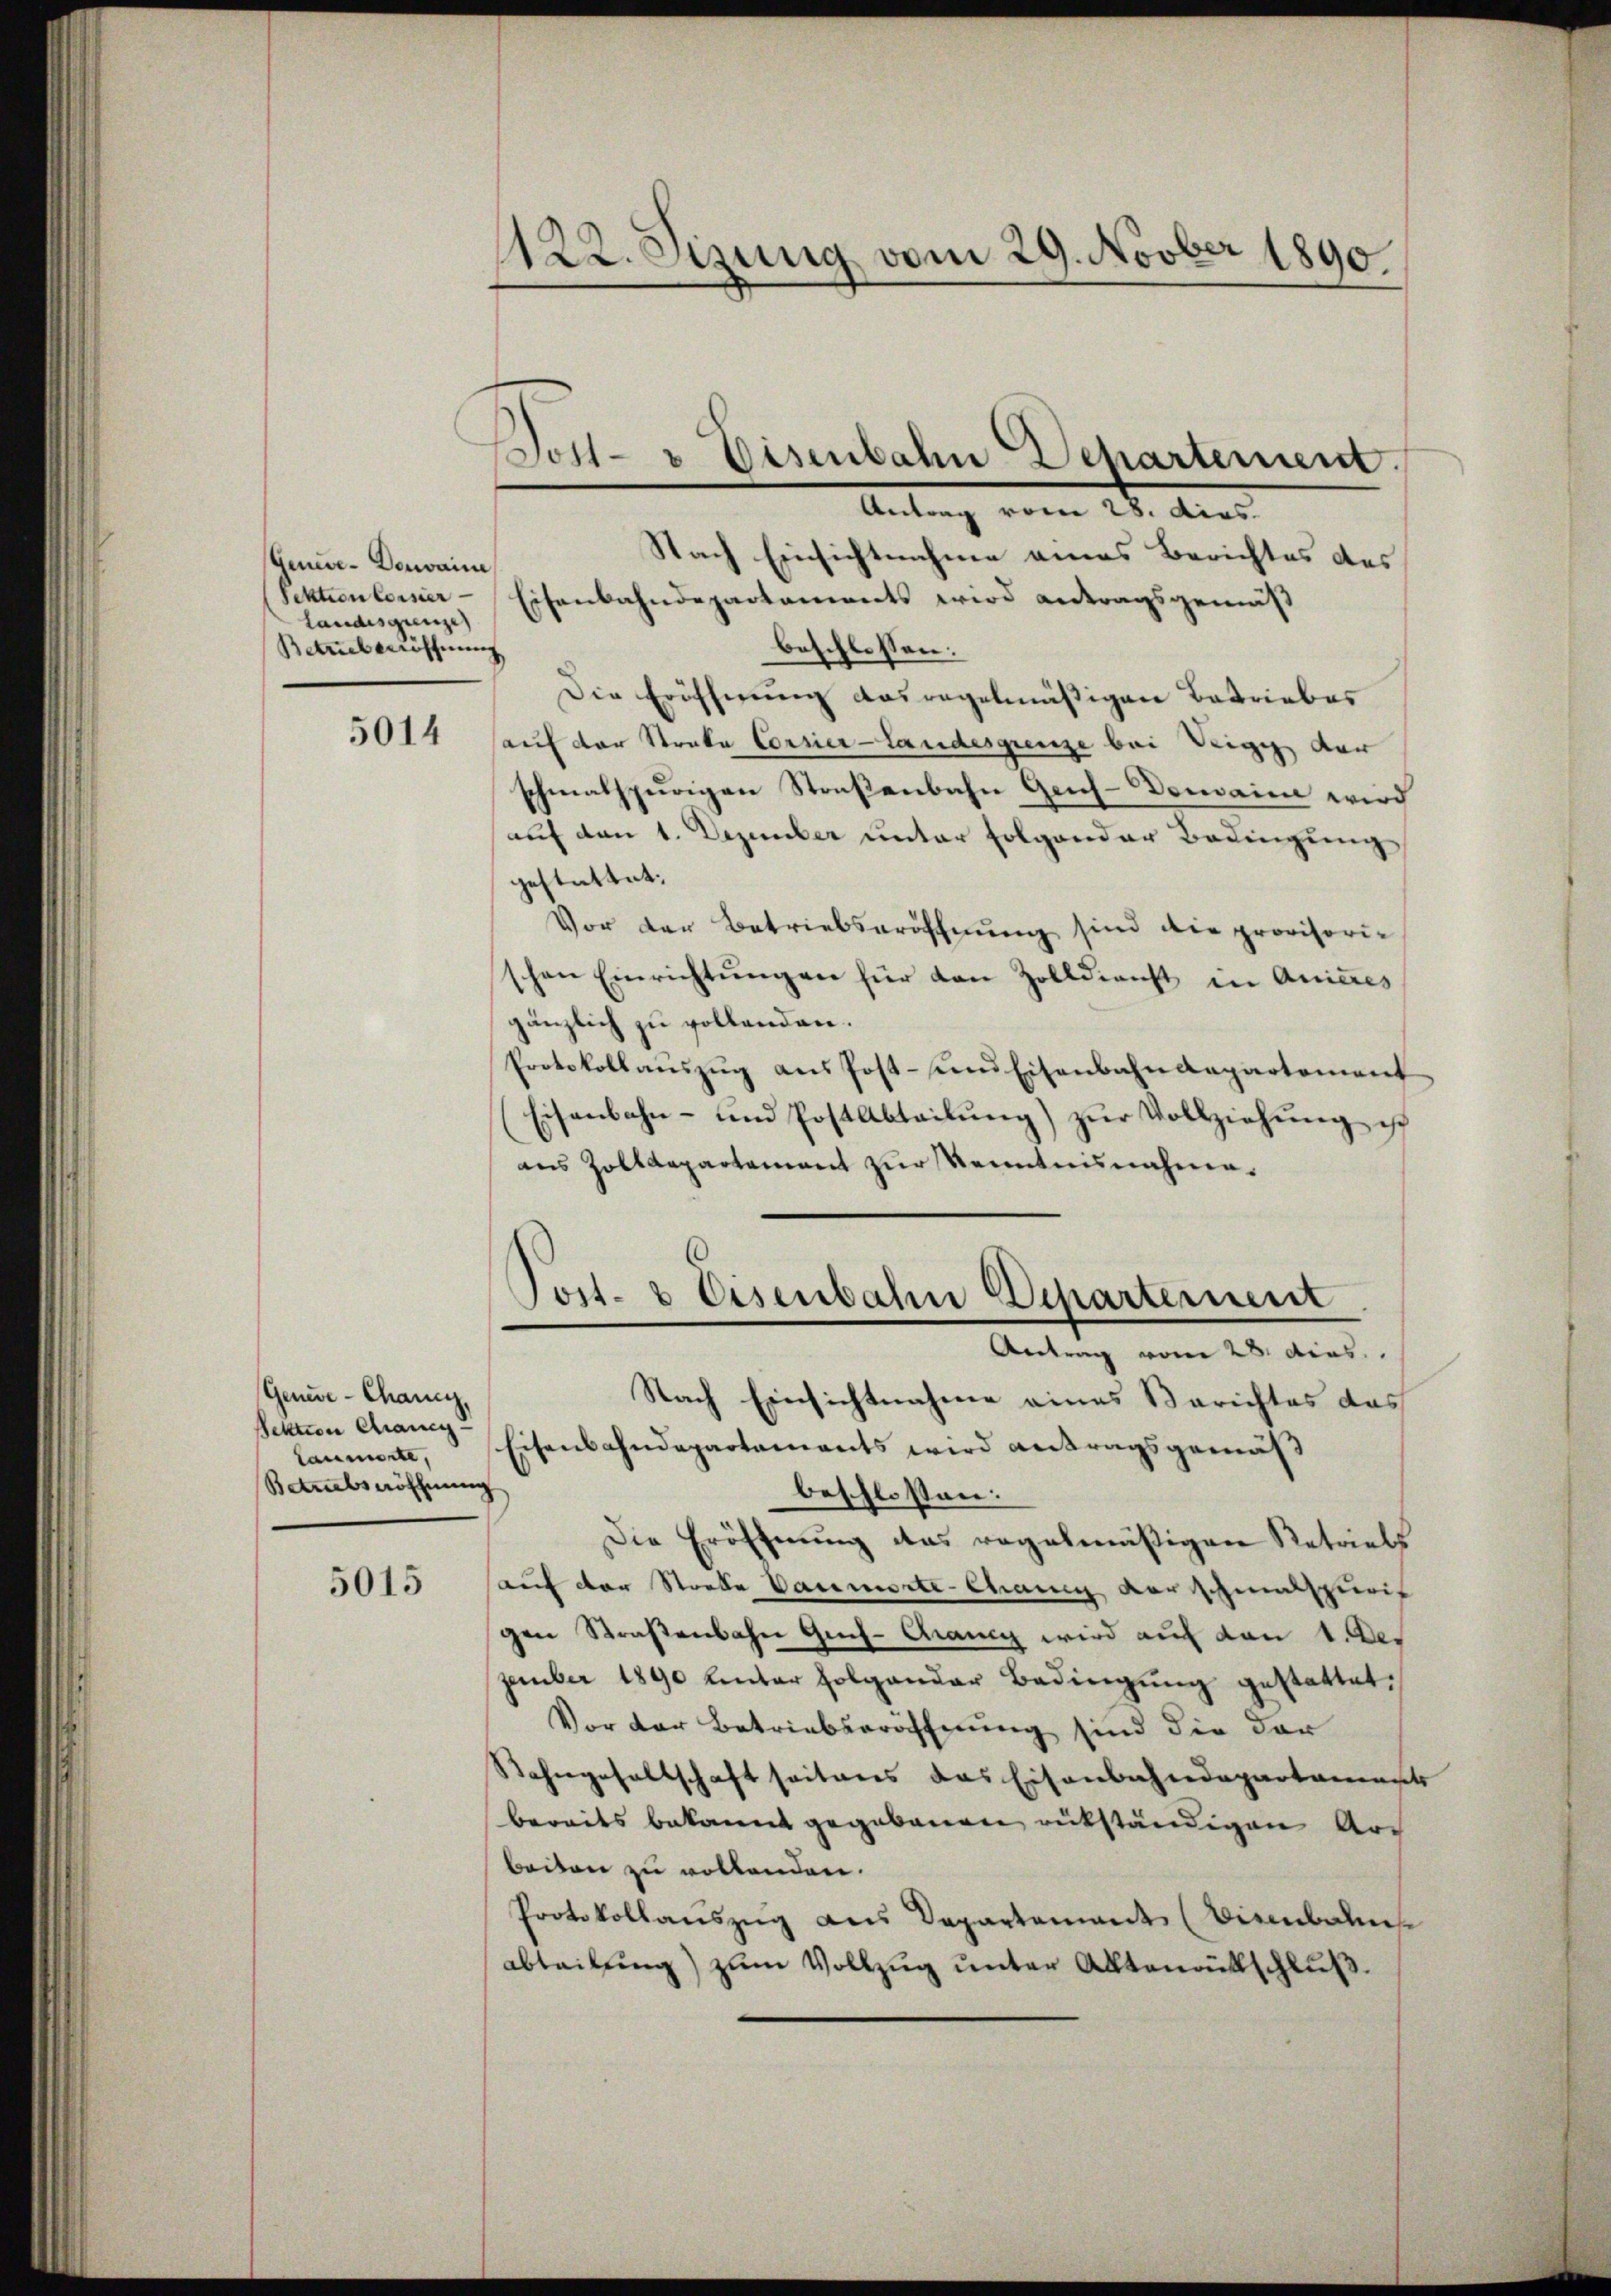
Genice- Domaine
Sektion loisier
Landesgrenze
Betriel eröffnung

5014

Geneve-Chang,
fektion chraney-
laumerte,
Betrubsnöffnung

5015

1122. Sizung vom 29. Novber 1890.

Post- & Eisenbahn Departement.
Antrag vom 28. dies

Nach Einsichtnahme eines Berichtes des
Eisenbahndepartements wird antragsgemäß
beschlossen:
Die Eröffnung ausregelmäßigen Betriebes
auf der Strate Corsier-Landesgrenze bei Teig der
schmalspurigen Straßenbahn Geis-Domaine wird
auf den 1. Dezember unter folgender Bedingung
gestattet.
Vor der Betriebseröffnung sind die provisorischen Einrichtŭngen für den Zolldienst in Anicres
gänzlich zu vollenden.
Protokollaŭszŭg ans Post- und Eisenbahndepartement
Eisenbahn- und Post Abteilŭng zŭr Vollziehŭng ist
aus Zolldepartement zur Kenntnisnahme.

beschlossen:
Die Eröffnŭng das regelmäβigen Retriels
auf der Streke Vaumorte Chang verschmalspuris
gen Straßenbahn Gich-Crang wird auf den 1. Der
zember 1890 hinter folgender Bedingŭng gestattet.
Vor der Betriebseröffnung sind die dar
Rahngesellschaft seitens das Eisenbahndepartaments
bereits bekannt gegebenen rükständigen Art
beiten zu vollenden.
Protokollauszug aus Departement (Vienbahn
abteilŭng zŭm Vollzŭg ŭnter Altenrütschlŭβ

Post- & Eisenbahn Departement
Antrag vom 28. dies
Nach Einsichtnahme eines Berichtes das
Eisenbahndepartements wird antragsgemäß